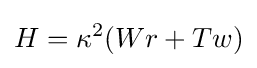
H=\kappa ^{2}(Wr+Tw)